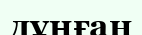
дұңған